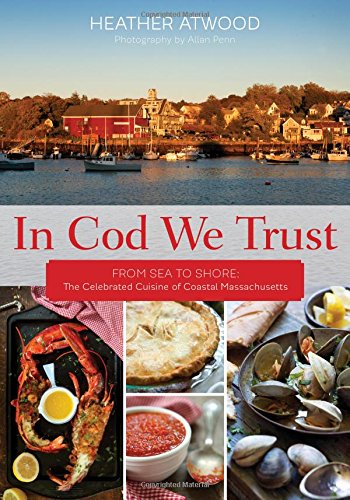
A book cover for In Cod We Trust: From Sea to Shore, the Celebrated Cuisine of Coastal Massachusetts; Heather Atwood; Cookbooks, Food & Wine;